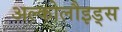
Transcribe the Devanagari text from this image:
अल्कोलौइड्स